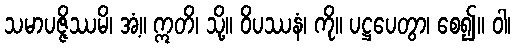
သမာပဇ္ဇိဿမိ၊ အံ့။ ဣတိ၊ သို့။ ဝိပဿနံ၊ ကို။ ပဋ္ဌပေတွာ၊ စေ၍။ ဝါ၊